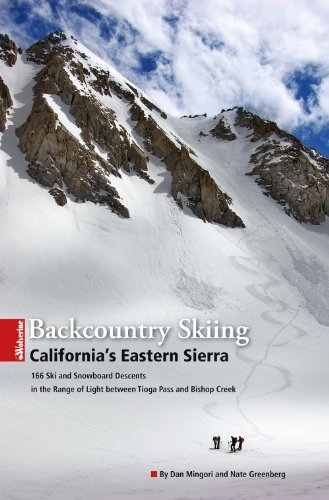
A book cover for Backcountry Skiing California's Eastern Sierra; Dan Mingori; Travel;